Report on malaria in the Punjab during the year ...  together with an account of the work of the Punjab Malaria Bureau - Volume 2
Disease focus: Malaria
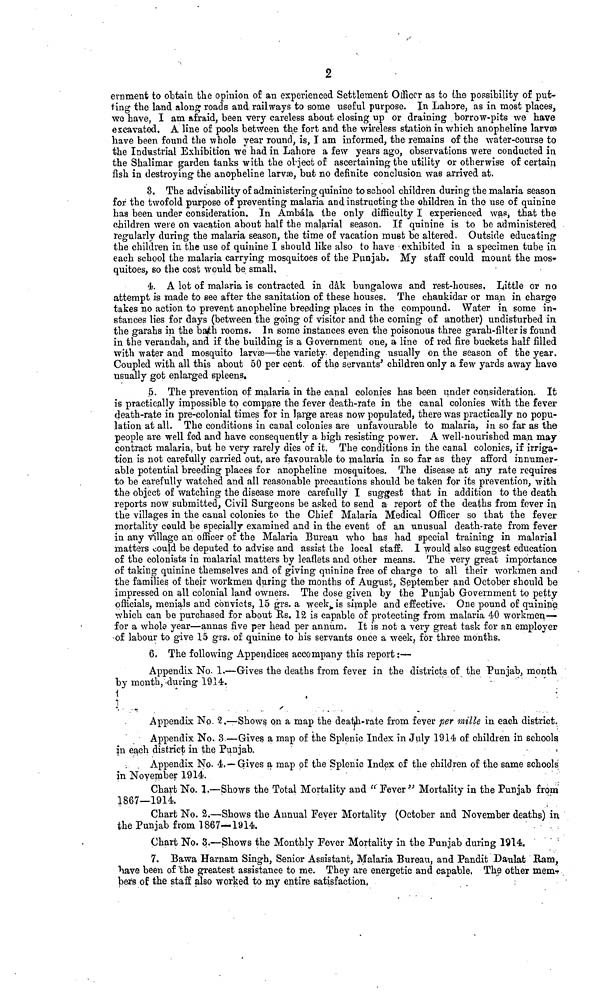
2
ernment to obtain the opinion of an experienced Settlement Officer as to the possibility of put-
ting the land along roads and railways to some useful purpose. In Lahore, as in most places,
we have, I am afraid, been very careless about closing up or draining borrow-pits we have
excavated. A line of pools between the fort and the wireless station in which anopheline larvæ
have been found the whole year round, is, I am informed, the remains of the water-course to
the Industrial Exhibition we had in Lahore a few years ago, observations were conducted in
the Shalimar garden tanks with the object of ascertaining the utility or otherwise of certain,
fish in destroying the anopheline larvæ, but no definite conclusion was arrived at.
3. The advisability of administering quinine to school children during the malaria season
for the twofold purpose of preventing malaria and instructing the children in the use of quinine
has been under consideration. In Ambála the only difficulty I experienced was, that the
children were on vacation about half the malarial season. If quinine is to be administered
regularly during the malaria season, the time of vacation must be altered. Outside educating
the children in the use of quinine I should like also to have exhibited in a specimen tube in
each school the malaria carrying mosquitoes of the Punjab. My staff could mount the mos-
quitoes, so the cost would be small,
4. A lot of malaria is contracted in dâk bungalows and rest-houses, Little or no
attempt is made to see after the sanitation of these houses. The chaukidar or man in charge
takes no action to prevent anopheline breeding places in the compound. Water in some in-
stances lies for days (between the going of visitor and the coming of another) undisturbed in
the garahs in the bath rooms. In some instances even the poisonous three garah-filter is found
in the verandah, and if the building is a Government one, a line of red fire buckets half filled
with water and mosquito larvæ—the variety depending usually on the season of the year.
Coupled with all this about 50 per cent, of the servants' children only a few yards away have
usually got enlarged spleens.
5. The prevention of malaria in the canal colonies has been under consideration. It
is practically impossible to compare the fever death-rate in the canal colonies with the fever
death-rate in pre-colonial times for in large areas now populated, there was practically no popu-
lation at all. The conditions in canal colonies are unfavourable to malaria, in so far as the
people are well fed and have consequently a high resisting power. A well-nourished man may
contract malaria, but he very rarely dies of it. The conditions in the canal colonies, if irriga-
tion is not carefully carried out, are favourable to malaria in so far as they afford innumer-
able potential breeding places for anopheline mosquitoes. The disease at any rate requires
to be carefully watched and all reasonable precautions should be taken for its prevention, with
the object of watching the disease more carefully I suggest that in addition to the death
reports now submitted, Civil Surgeons be asked to send a report of the deaths from fever in,
the villages in the canal colonies to the Chief Malaria Medical Officer so that the fever
mortality could be specially examined and in the event of an unusual death-rate from fever
in any village an officer of the Malaria Bureau who has had special training in malarial
matters could be deputed to advise and assist the local staff. I would also suggest education
of the colonists in malarial matters by leaflets and other means. The very great importance
of taking quinine themselves and of giving quinine free of charge to all their workmen and
the families of their workmen during the months of August, September and October should be
impressed on all colonial land owners. The dose given by the Punjab Government to petty
officials, menials and convicts, 15 grs. a week, is simple and effective. One pound of quinine
which can be purchased for about Us. 12 is capable of protecting from malaria 40 workmen—
for a whole year—annas five per head per annum. It is not a very great task for an employer
of labour to give 15 grs. of quinine to his servants once a week, for three months.
6. The following Appendices accompany this report :—
Appendix No. 1.—Gives the deaths from fever in the districts of the Punjab, month
by month, during 1914.
Appendix No. 2.—Shows on a map the death-rate from fever per mille in each district.
Appendix No. 3—Gives a map of the Splenic Index in July 1914 of children in schools
in each district in the Punjab.
Appendix No. 4. —Gives a map of the Splenic Index of the children of the same schools
in November 1914.
Chart No. 1.—Shows the Total Mortality and "Fever" Mortality in the Punjab from
1867—1914.
Chart No. 2.—Shows the Annual Fever Mortality (October and November deaths) in
the Punjab from 1867—1914.
Chart No. 3.—Shows the Monthly Fever Mortality in the Punjab during 1914.
7. Bawa Harnam Singh, Senior Assistant, Malaria Bureau, and Pandit Daulat Ham,
have been of the greatest assistance to me. They are energetic and capable, The other mem-
bers of the staff also worked to my entire satisfaction,